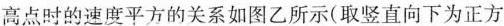
高点时的速度平方的关系如图乙所示(取竖直向下为正方